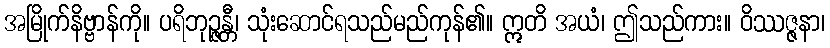
အမြိုက်နိဗ္ဗာန်ကို။ ပရိဘုဉ္ဇန္တီ၊ သုံးဆောင်ရသည်မည်ကုန်၏။ ဣတိ အယံ၊ ဤသည်ကား။ ဝိဿဇ္ဇနာ၊